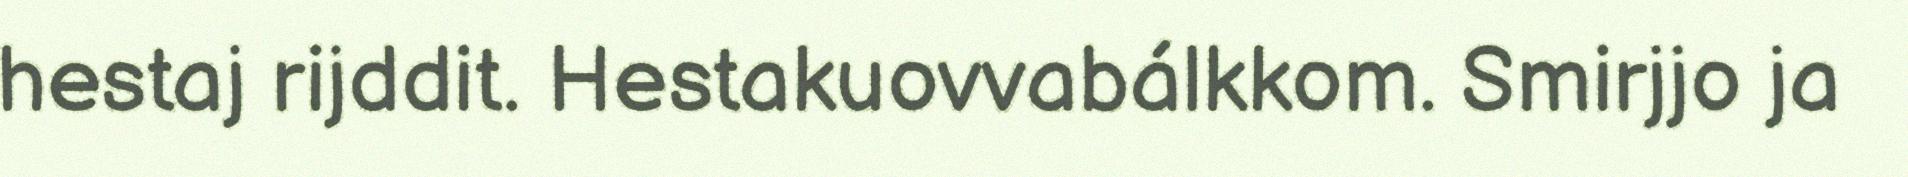
hestaj rijddit. Hestakuovvabálkkom. Smirjjo ja